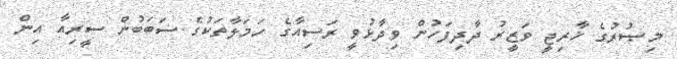
މިޞުރުގެ ޚާރިޖީ ވަޒީރު ދާދިފަހުން ވިދާޅުވީ ރަސިއާގެ ހަމަލާތަކުގެ ސަބަބުން ސީރިއާ އިން